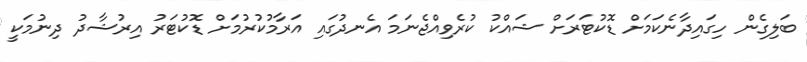
ބަލިގެން ހިގައިދާނެކަމަށް ޑޮކުޓަރަށް ޝައްކު ކުރެވިއްޖެނަމަ އެނދުގައި އަރާމުކުރުމަށް ޑޮކުޓަރު އިރުޝާދު ދިނުމަކީ